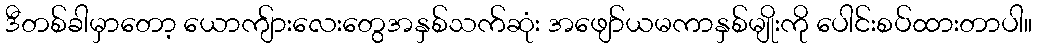
ဒီတစ်ခါမှာတော့ ယောကျ်ားလေးတွေအနှစ်သက်ဆုံး အဖျော်ယမကာနှစ်မျိုးကို ပေါင်းစပ်ထားတာပါ။